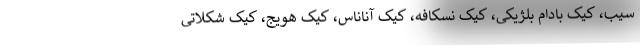
سیب، کیک بادام بلژیکی، کیک نسکافه، کیک آناناس، کیک هویج، کیک شکلاتی